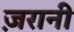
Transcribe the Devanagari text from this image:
ज़रानी